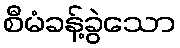
စီမံခန့်ခွဲသော